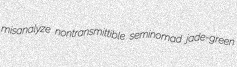
misanalyze nontransmittible seminomad jade-green